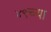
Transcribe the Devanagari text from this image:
४९च्या